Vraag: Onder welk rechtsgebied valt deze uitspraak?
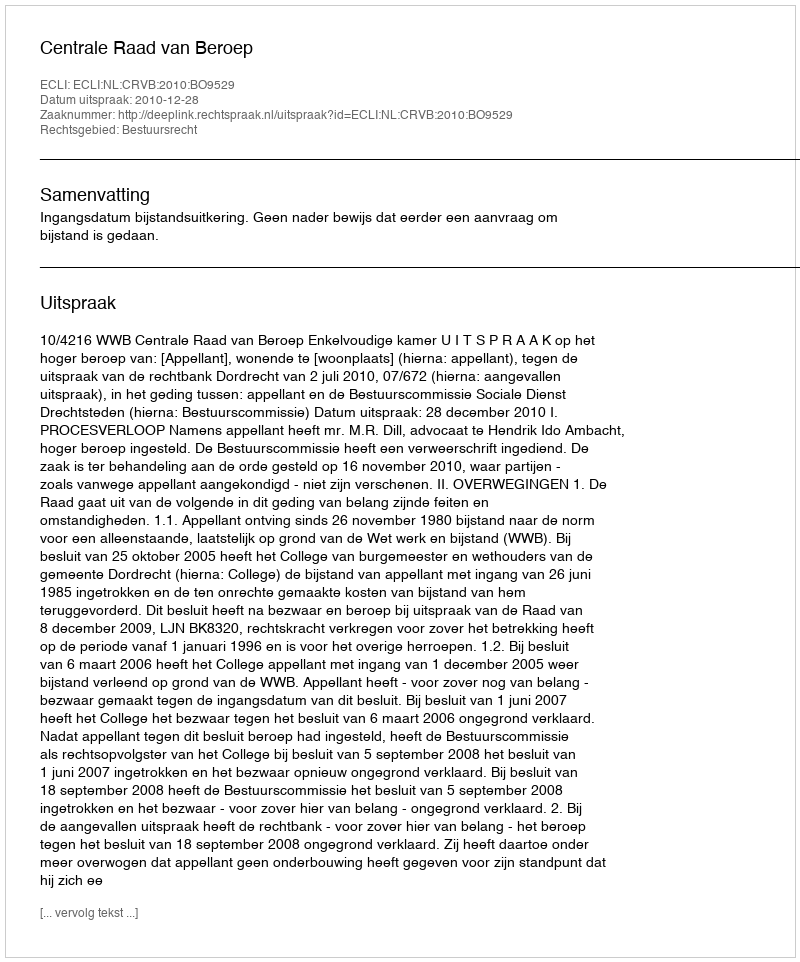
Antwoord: Bestuursrecht